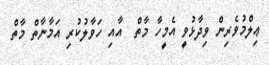
ޢިލްމުވެރިން ވިދާޅުވީ އެމީހާ މާތް  އާއި ހަވާލުކުރި އަމާނާތް މާތް